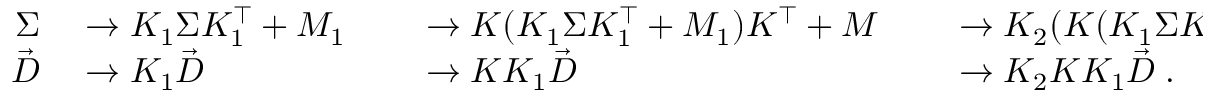
\begin{array} { r l r l r l } { \Sigma } & { { } \rightarrow K _ { 1 } \Sigma K _ { 1 } ^ { \intercal } + M _ { 1 } } & { } & { { } \rightarrow K ( K _ { 1 } \Sigma K _ { 1 } ^ { \intercal } + M _ { 1 } ) K ^ { \intercal } + M } & { } & { { } \rightarrow K _ { 2 } ( K ( K _ { 1 } \Sigma K _ { 1 } ^ { \intercal } + M _ { 1 } ) K ^ { \intercal } + M ) K _ { 2 } ^ { \intercal } + M _ { 2 } \; , } \\ { \vec { D } } & { { } \rightarrow K _ { 1 } \Vec { D } } & { } & { { } \rightarrow K K _ { 1 } \Vec { D } } & { } & { { } \rightarrow K _ { 2 } K K _ { 1 } \Vec { D } \; . } \end{array}